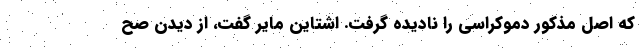
که اصل مذکور دموکراسی را نادیده گرفت. اشتاین مایر گفت، از دیدن صح